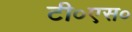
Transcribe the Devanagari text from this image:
टी०एस०